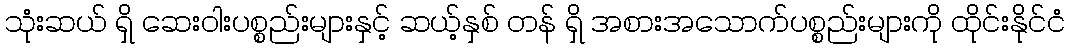
သုံးဆယ် ရှိ ဆေးဝါးပစ္စည်းများနှင့် ဆယ့်နှစ် တန် ရှိ အစားအသောက်ပစ္စည်းများကို ထိုင်းနိုင်ငံ